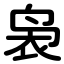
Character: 袅